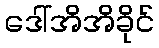
ဒေါ်အိအိခိုင်